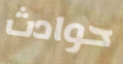
حوادث